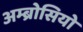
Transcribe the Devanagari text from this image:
अम्ब्रोसियो